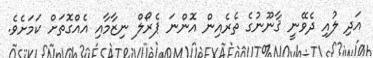
އަދި ލުއި ދެވޭނީ ޤާނޫނުގެ ތެރެއިން އޮންނަ ޕެރޯލް ނިޒާމާއި އެއްގޮތަށް ކަމަށެވެ.